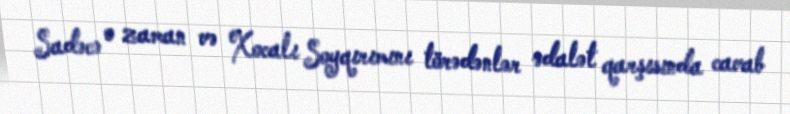
Sadəcə o zaman və Xocalı Soyqırımını törədənlər ədalət qarşısında cavab